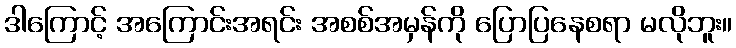
ဒါကြောင့် အကြောင်းအရင်း အစစ်အမှန်ကို ပြောပြနေစရာ မလိုဘူး။